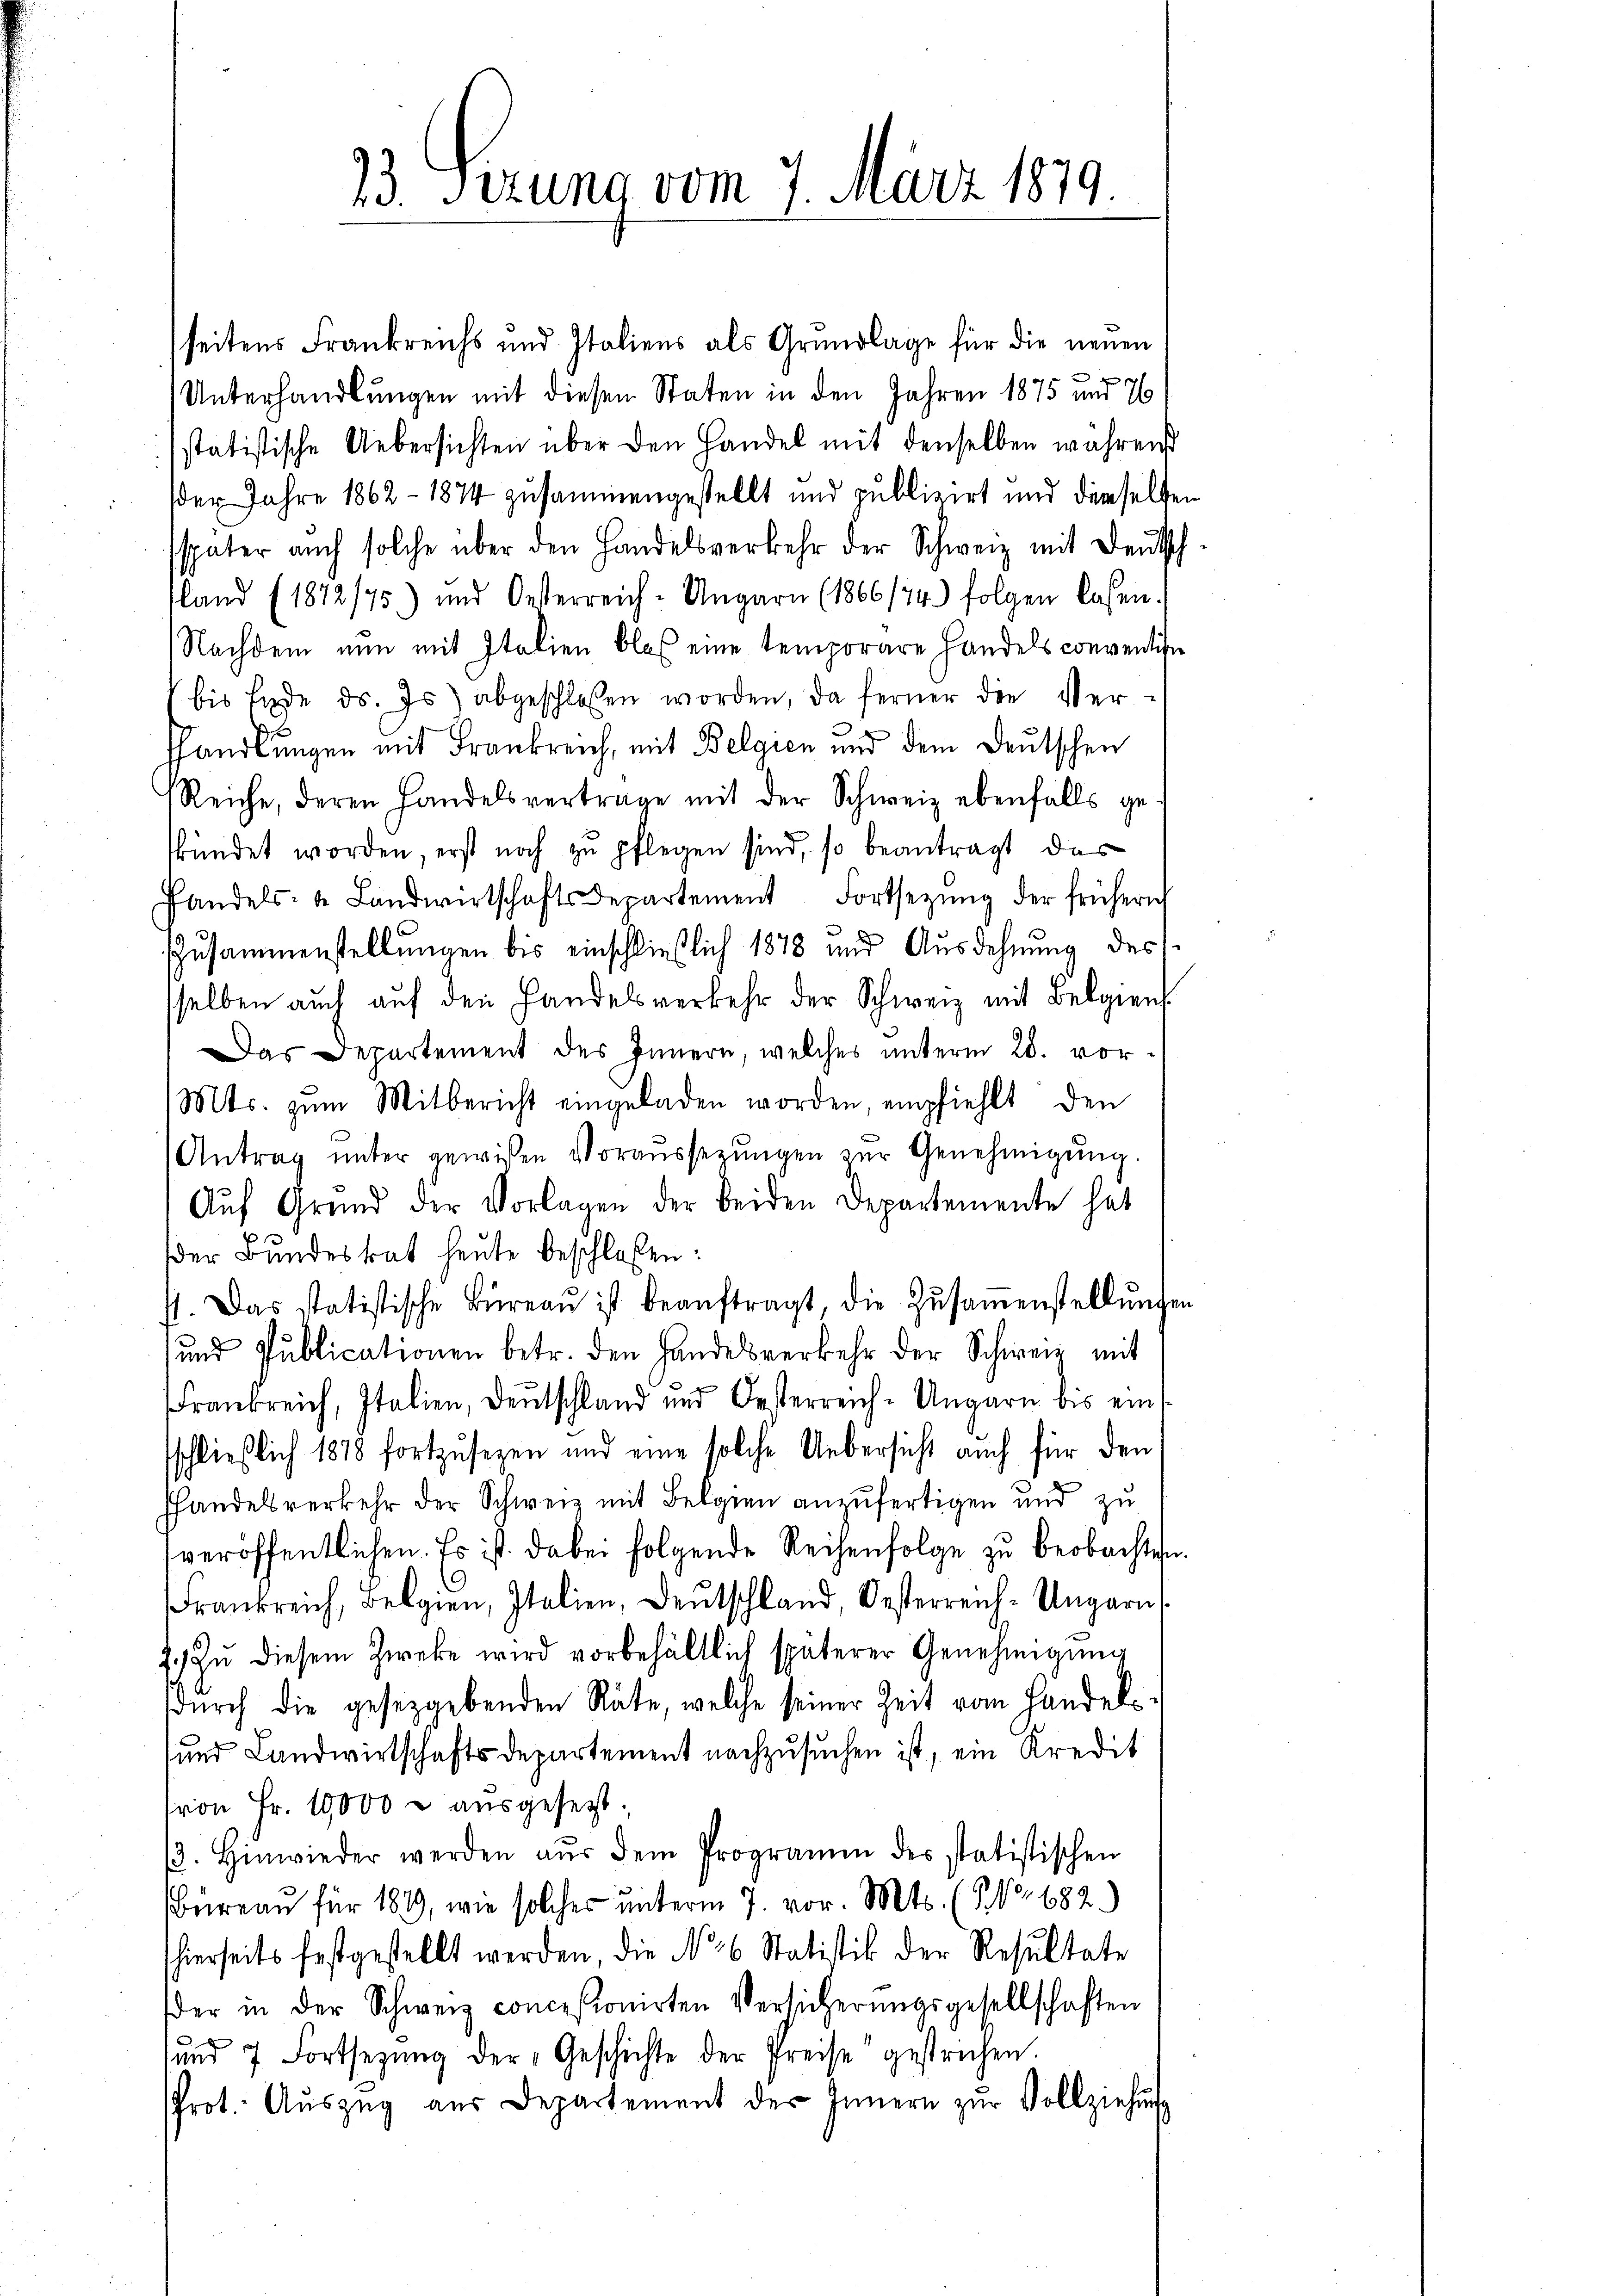
23. Sizung vom 7. März 1879.

seitens Frankreichs und Italiens als Grundlage für die neuen
Unterhandlungen mit diesen Staten in den Jahren 1875 und 76
statistische Uebersichten über den Handel mit denselben währen
der Jahre 1862 - 1874 zusammengestellt und publizirt und demselben
sspäter auch solche über den Handelsverkehr der Schweiz mit Deutsch
sland (1872/75) und Oesterreich-Ungarn (1866/74.) folgen lassen.
Nachdem nun mit Italien blos eine temporäre Handels conventise
bis Ende d. Js. abgeschlossen worden, da ferner die Ver-
fhandlungen mit Frankreich, mit Belgien und dem Deutschen
Reiche, deren Handelsvertrage mit der Schweiz ebenfalls ge-
kündet worden, erst noch zu pflegen sind, so beantragt, das
Handels- & Landwirtschaftsdepartement Fortsetzŭng der frühern
n
Zusammenstellungen bis einschließlich 1878 und Ausdehnung des
sselben auch aŭf den Handelsverkehr der Schweiz mit Belgiens
Das Departement des Innern, welches ŭnterm 28. vor-
Mts. zum Mitbericht eingeladen worden empfiehlt den
Antrag ŭnter gewiesen Voraŭssegŭngen zur Genehmigŭng.
Auf Grund der Vorlagen der beiden Departemente hat
der Bundesrat heute beschloßen:
f. Das statistische Büreaŭ ist beaŭftragt, die Zŭsaṁenstellŭngen
und Publicationen betr. den Handelsverkehr der Schweiz mit
Frankreich, Italien, Deutschland und Oesterreich-Ungarn bis einsschließlich 1818 fortzusezen und eine solche Uebersicht auch für den
hhandelsverkehr der Schweiz mit Belgien anzufertigen und zu
veröffentlichen. Es ist dabei folgende Reihenfolge zu beobachten.
Frankreich, Belgien, Italien, Deutschland, Oesterreich-Ungaris
E. zŭ diesem Zweke wird vorbehältlich späterer Genehmigŭng
dŭrch die gesetzgebenden Räte, welche seiner Zeit vom Handels-
sund Landwirtschaftsdepartement nachzusuchen ist, ein Kredit
sron Fr. 10000 - ausgesetzt.
3. Hinwieder werden aŭs dem Programm des statistischen
Büreau für 1849, wie solches unterm 7. vor. Mts. (Nr 682.)
shierseits festgestellt werden, die No 6 Statistik der Resultate
der in der Schweiz concesionirten Versicherŭngsgesellschaften
ŭnd 7 Fortsetzŭng der „Geschichte der Preise gestrichen.
Prot. Aŭszŭg aŭs Departement der Innern zŭr Vollziehung